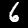
Digit: 6